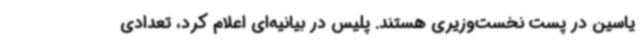
یاسین در پست نخست‌وزیری هستند. پلیس در بیانیه‌ای اعلام کرد، تعدادی